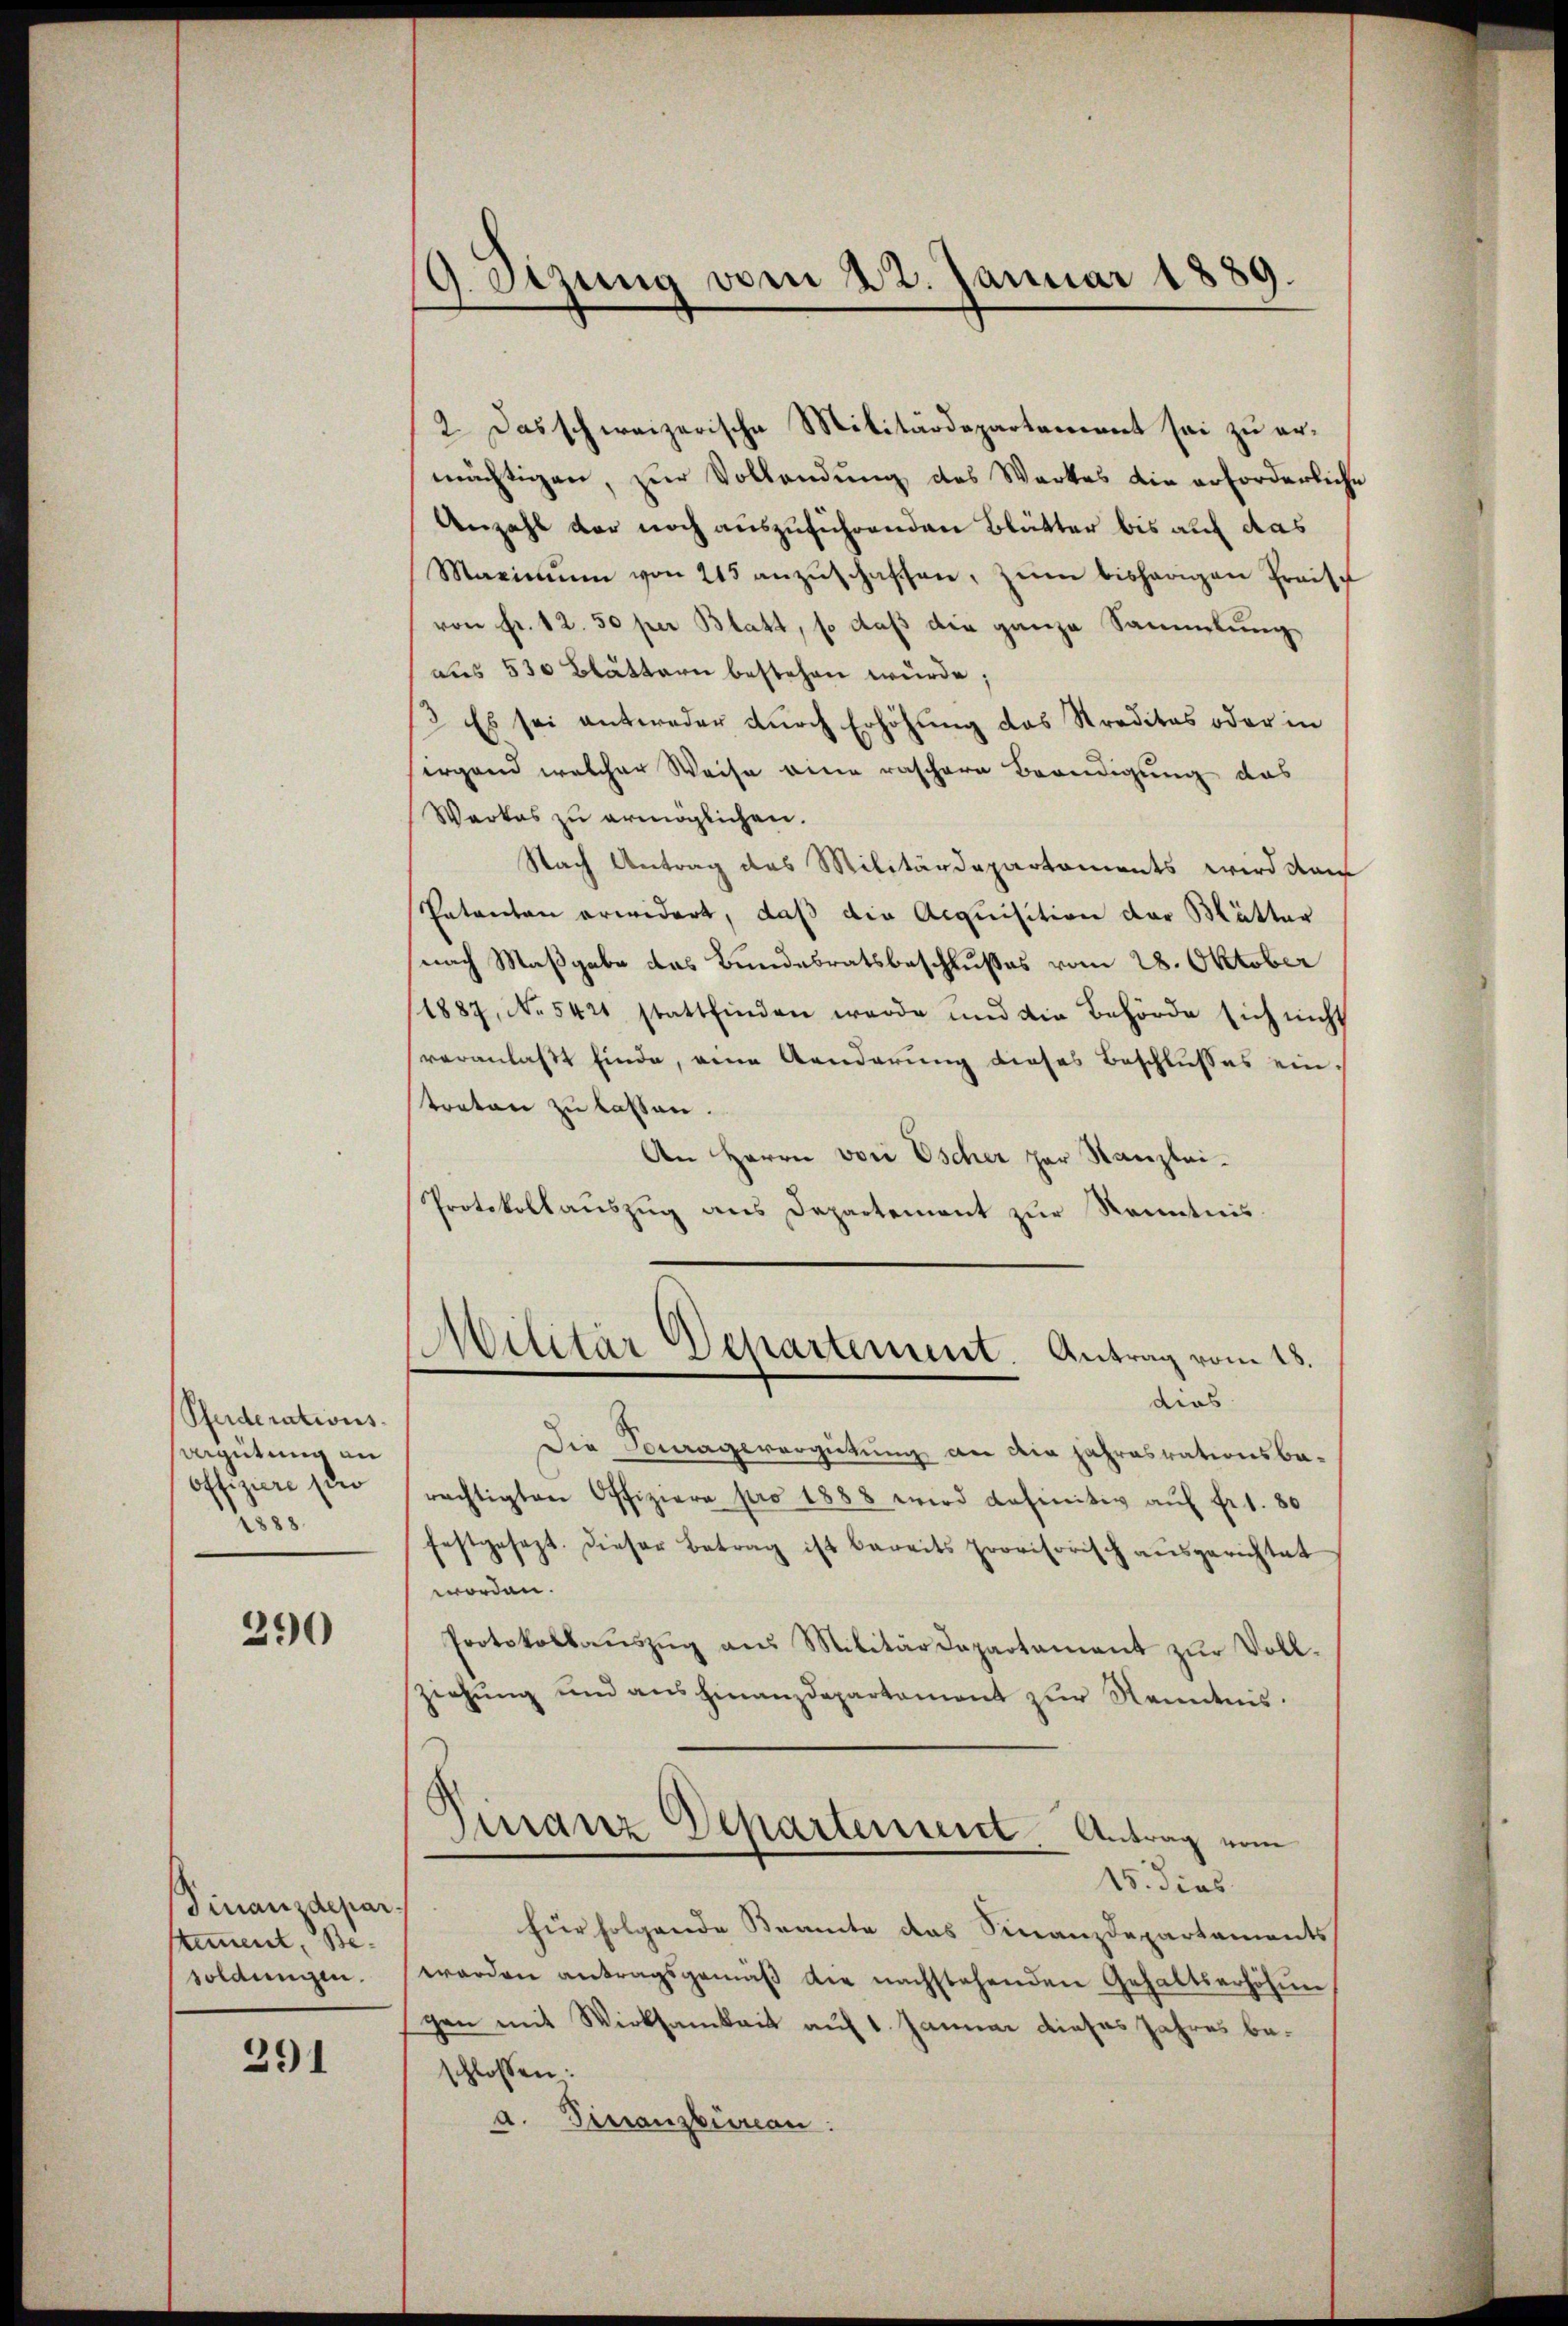
Pferderations¬
Vergütung an
Offiziere sie
1888.

290

Finanzdepar
stimment, Besoldungen.

291

9. Setzung vom 22. Januar 1889

2. Das schweizerische Militärdepartement sei zu ermächtigen, zur Vollendung des Werkes die erforderliche
Anzahl der noch auszuführenden Blätter bis auf das
Maximŭm von 215 anzŭschaffen, zŭm bisherigen Preise
von Fr. 12. 50 per Blatt, so daß die ganze Sammlung
aus 530 Blättern bestehen würde;
3. Es sei antweder durch Erhöhung des Straditas oder in
irgend welcher Weise eine raschere Beredigung das
Werkes zu ermöglichen.
Nach Antrag des Militärdepartements wird darf
Patanton erwidert, daß die Acquisition der Mutter
nach Maßgabe das Bundesratsbeschlußes vom 28. Oktober
1887, No 5421 stattfinden werde und die Behörde sich nicht
veranlaßt finde, eine Aenderung dieses Beschlußes ein-
treten zu lassen.
An Herrn vor Escher par Kanzlei-
Protokollauszug aus Departement zur Kenntnis.
Militär Departement. Antrag vom 18.
dies
Die Sowagevergütung an die Jahresrationsbarächtigten Offiziere pro 1888 wird definitiv auf fr. 1. 81
festgesezt. Dieser Betrag ist bereits provisorisch ausgerichtet
worden.
Protokollaŭszŭg aŭs Militärdepartamant zŭr Voll-
ziehŭng und ans hinanzdepartement zŭr Kenntnis.
Finanz Departement. Antrag vom
15. dies
für folgende Beamte das Finanzdepartaments
werden antragsgemäβ die nachstehenden Gehaltserhöhŭn
gen mit Wirksamkeit auf 1. Januar dieses Jahres beschlossen:
a. Finanzbüreau: